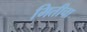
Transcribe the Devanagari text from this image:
मितीचा